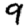
Digit: 9